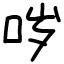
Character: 哕